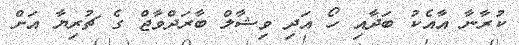
ކުރާނާ އާއެކު ބަދާއި ހޯ އަދި ވިޝާލް ބާރަދްވާޖް ގެ ޗުރިޔާ އަށް